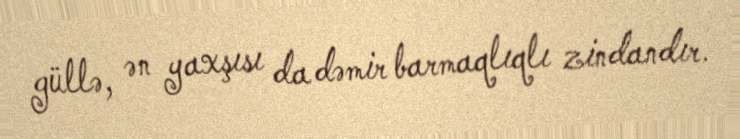
güllə, ən yaxşısı da dəmir barmaqlıqlı zindandır.